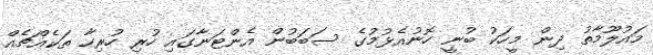
މައުލޫމާތު ދިން މީހަކު ބުނީ ހޮނުއެޅުމުގެ ސަބަބުން އެންޓަނާގައި ހުރި ހުރިހާ ތަކެއްޗެއް